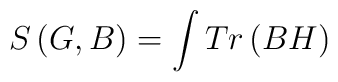
S\left( G,B\right) =\int Tr\left( BH\right)